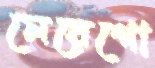
মেয়েগো